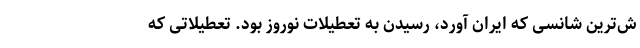
ش‌ترین شانسی که ایران آورد، رسیدن به تعطیلات نوروز بود. تعطیلاتی که